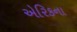
એરિકના